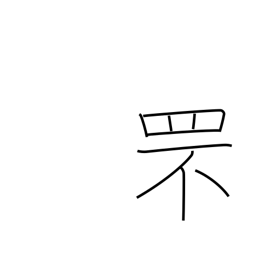
Meaning: rabbit catching net